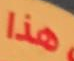
هذا